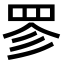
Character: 𮊃